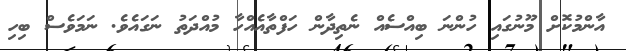
އާންމުކޮށް މޫނުގައި ހުންނަ ބިއްސެއް ނެތިދާން ހަފްތާއެއްހާ މުއްދަތު ނަގައެވެ. ނަމަވެސް ބިހި